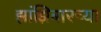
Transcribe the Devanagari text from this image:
झांझिबारच्या